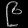
Digit: ၉